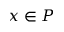
x \in P